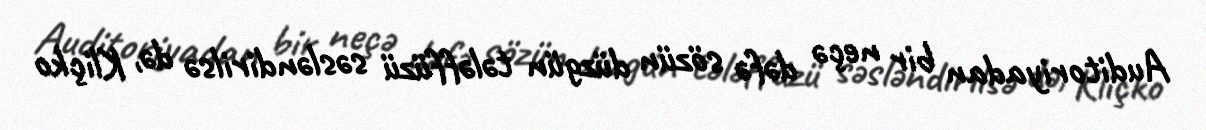
Auditoriyadan bir neçə dəfə sözün düzgün tələffüzü səsləndirilsə də, Kliçko